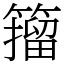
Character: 籀